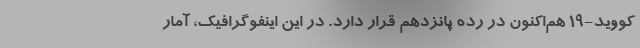
کووید-۱۹ هم‌اکنون در رده پانزدهم قرار دارد. در این اینفوگرافیک، آمار